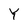
Character: Y